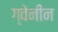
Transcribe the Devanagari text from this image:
ग्वेनीन